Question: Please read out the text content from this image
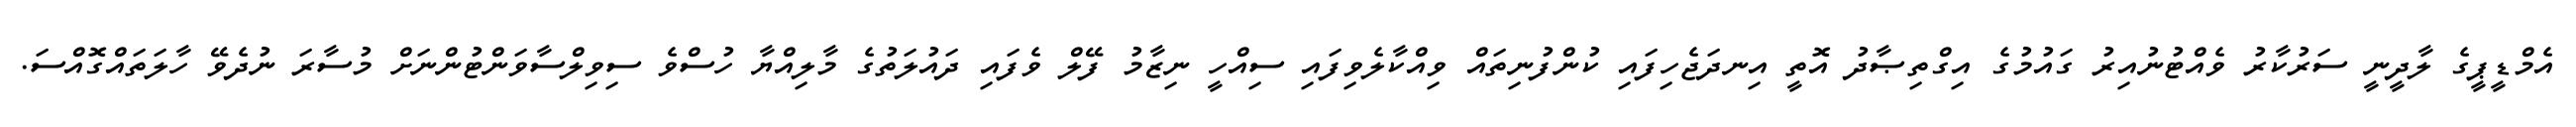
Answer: އެމްޑީޕީގެ ލާދީނީ ސަރުކާރު ވެއްޓުނުއިރު ގައުމުގެ އިގްތިޞާދު އޮތީ އިނދަޖެހިފައި ކުންފުނިތައް ވިއްކާލެވިފައި ސިއްހީ ނިޒާމު ފޭލް ވެފައި ދައުލަތުގެ މާލިއްޔާ ހުސްވެ ސިވިލްސާވަންޓުންނަށް މުސާރަ ނުދެވޭ ހާލަތައްގޮއްސަ.